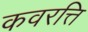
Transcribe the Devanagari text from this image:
कवरत्ति